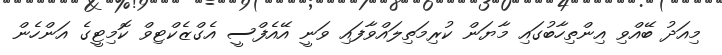
މިއަދު ބޭއްވި އިންތިހާބުގައި މާޔަން ކުރިމަތިލައްވާފައި ވަނީ އޭއެފްސީ އެގްޒެކްޓިވް ކޮމިޓީގެ އަންހެން